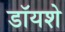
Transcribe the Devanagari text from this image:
डॉयशे